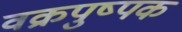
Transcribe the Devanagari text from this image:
वक्रपुष्पक